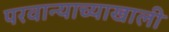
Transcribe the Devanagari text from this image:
परवान्याच्याखाली